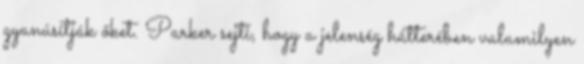
gyanúsítják őket. Parker sejti, hogy a jelenség hátterében valamilyen